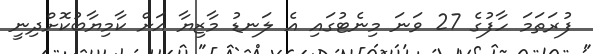
ފުރަތަމަ ހާފުގެ 27 ވަނަ މިނެޓުގައި އެ ލަނޑު މާޒިޔާ އަށް ކާމިޔާބުކޮށްދިނީ